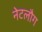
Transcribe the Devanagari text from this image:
नेटलौग